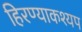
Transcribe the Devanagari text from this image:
हिरण्याकश्यप